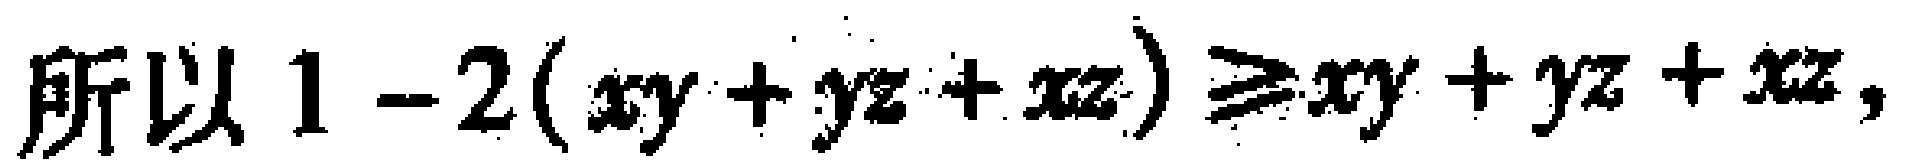
所以 \(1 - 2(xy + yz + xz) \geq xy + yz + xz\)，